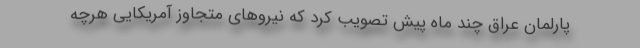
پارلمان عراق چند ماه پیش تصویب کرد که نیروهای متجاوز آمریکایی هرچه